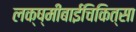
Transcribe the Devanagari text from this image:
लक्ष्मीबाईचिकित्सा